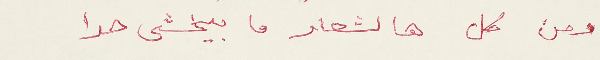
ومن كل هالشعار ما ييخشى حدا